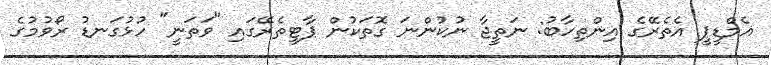
އެމްޑީޕީ އެތެރޭގެ އިންތިހާބު: ނަތީޖާ ނުކުންނަ ގޮތަކުން ޕާޓީތެރޭގައި "ވަތަނީ" ހުޅުގަނޑު ރޯވުމުގެ